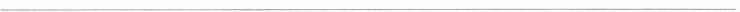
___